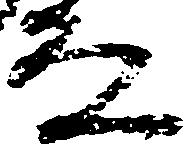
な